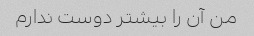
من آن را بیشتر دوست ندارم